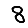
Digit: 8